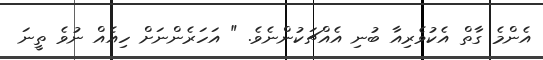
އެންމެ ގާތް އެކުވެރިއާ ބުނި އެއްޗަކުންނެވެ. " އަހަރެންނަށް ހިއެއް ނުވެ ތީނަ